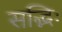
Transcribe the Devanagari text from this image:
सद्भिः